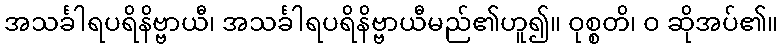
အသင်္ခါရပရိနိဗ္ဗာယီ၊ အသင်္ခါရပရိနိဗ္ဗာယီမည်၏ဟူ၍။ ဝုစ္စတိ၊ ဝ ဆိုအပ်၏။